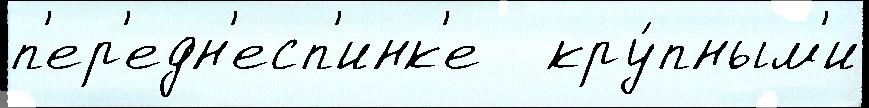
п'ер'едн'есп'инк'е   кру́пным'и